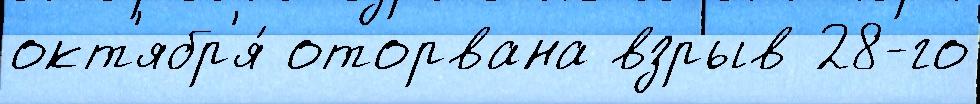
окт'ябр'я́ оторвана взрыв 28-го